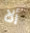
ألا